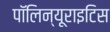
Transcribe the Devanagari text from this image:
पॉलिन्यूराइटिस